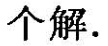
个解。